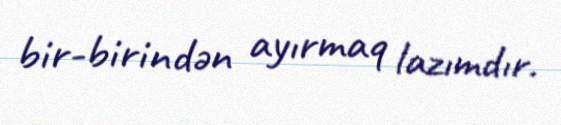
bir-birindən ayırmaq lazımdır.